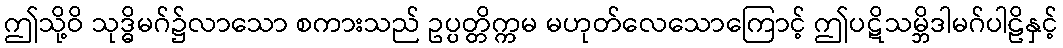
ဤသို့ဝိ သုဒ္ဓိမဂ်၌လာသော စကားသည် ဥပ္ပတ္တိက္ကမ မဟုတ်လေသောကြောင့် ဤပဋိသမ္ဘိဒါမဂ်ပါဠိနှင့်